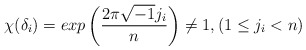
\begin{align*}\chi(\delta_i)=exp\left( {{2 \pi \sqrt{-1} j_i}\over n}\right) \ne 1, (1 \le j_i <n)\end{align*}